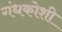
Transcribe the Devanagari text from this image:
गंधकोशी